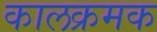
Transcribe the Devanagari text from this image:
कालक्रमक